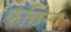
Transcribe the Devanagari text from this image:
केछिन्ग